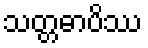
သတ္တဓာပိဿ